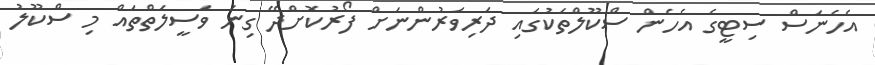
އެހެނަސް ސިޓީގެ އެހެން ސްކޫލްތަކުގައި ދަރިވަރުންނަށް ފޯރުކޮށްދޭ ގިނަ ވަސީލަތްތައް މި ސްކޫލު